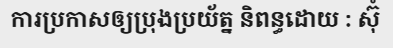
ការប្រកាសឲ្យប្រុងប្រយ័ត្ន និពន្ធដោយ : ស៊ុំ